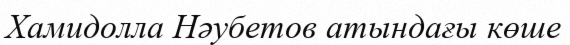
Хамидолла Нәубетов атындағы көше